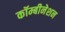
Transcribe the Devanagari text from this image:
कॉम्बीनेशन